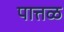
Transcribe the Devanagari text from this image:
पात्तळ